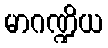
မာဂဏ္ဍိယ